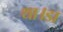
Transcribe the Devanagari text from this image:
था।डा